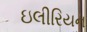
ઇલીરિયન